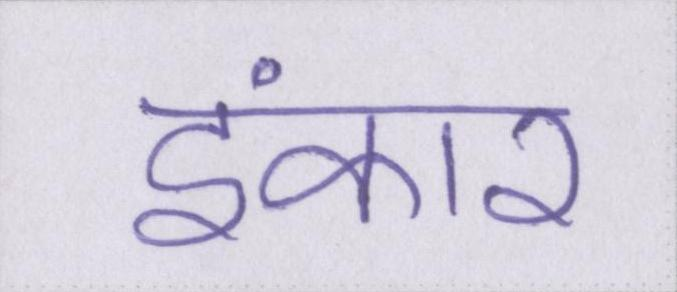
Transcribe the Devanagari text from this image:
इंकार